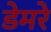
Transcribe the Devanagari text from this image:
डेमरे